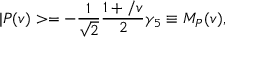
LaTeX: | { \cal P } ( v ) > = - \frac { 1 } { \sqrt { 2 } } \frac { 1 + \slash { v } } { 2 } \gamma _ { 5 } \equiv { \cal M } _ { P } ( v ) ,